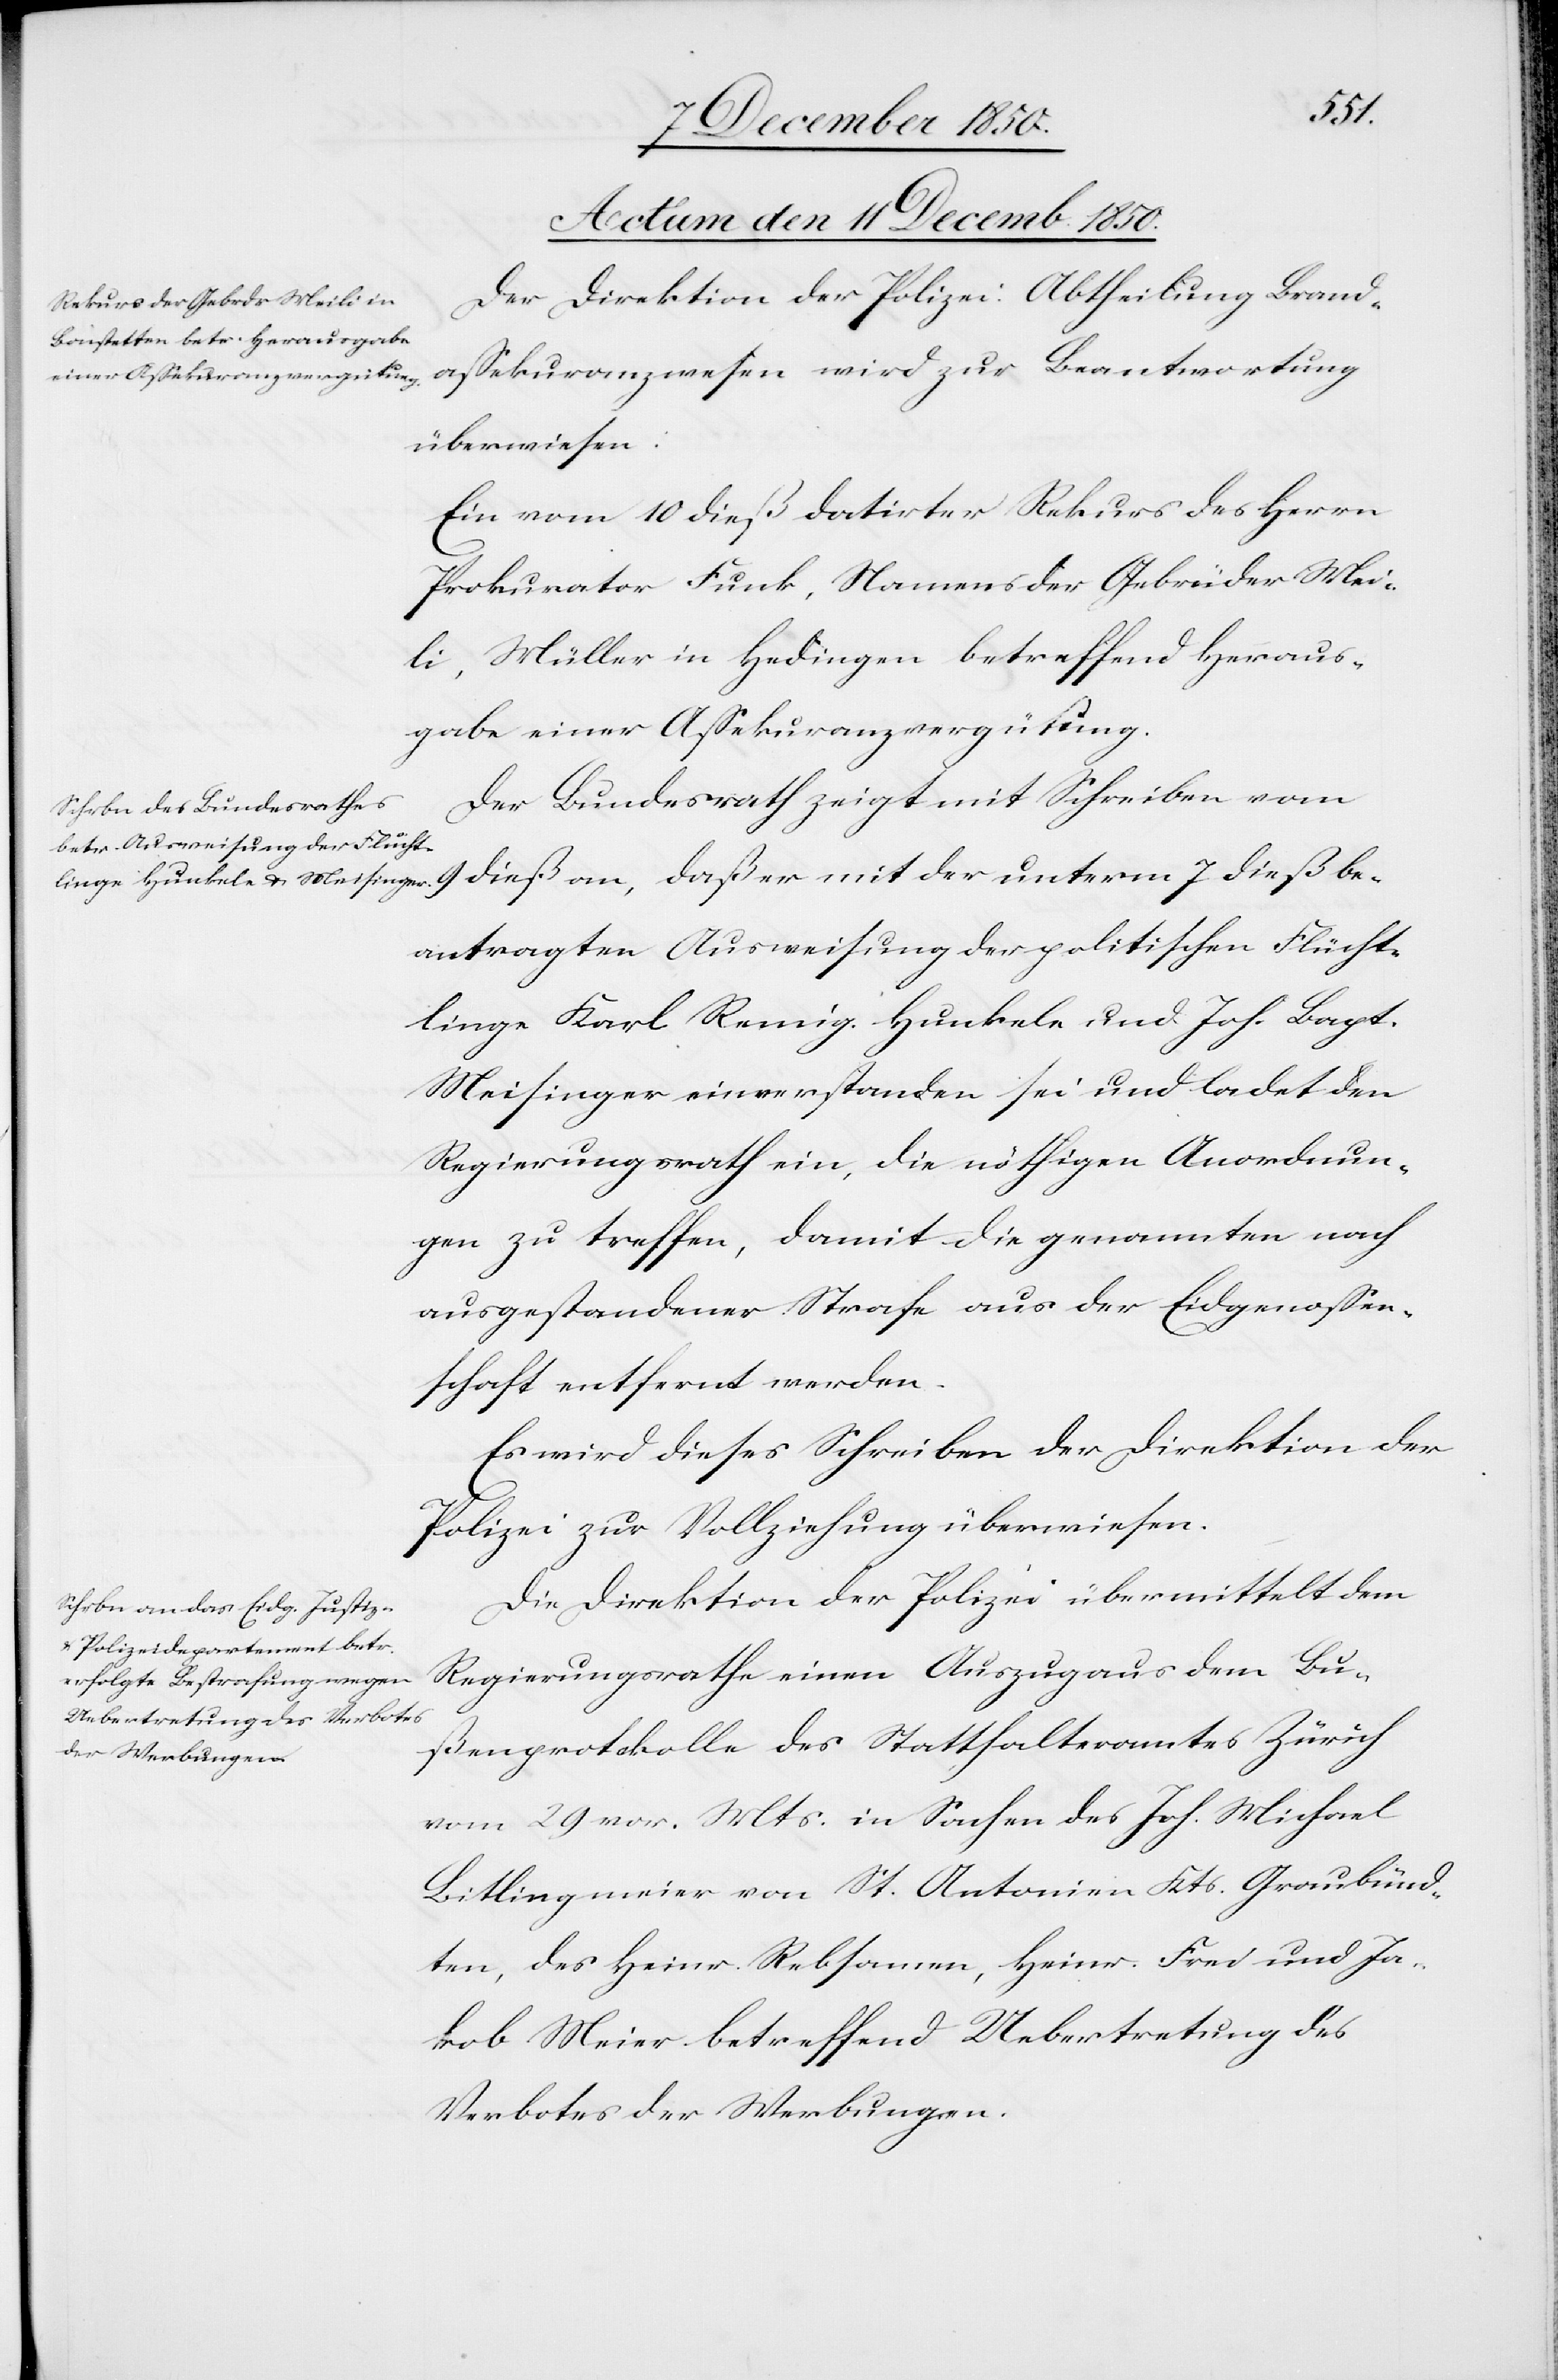
be¬
Actum den 11 Decemb. 1850.]
Der Direktion der Polizei: Abtheilung Brand¬
assekuranzwesen wird zur Beantwortung
überwiesen:
Ein vom 10 dieß datirter Rekurs des Herrn
Prokurator Funk, Namens der Gebrüder Mei¬
li, Müller in Hedingen [sic!] betreffend Heraus¬
gabe einer Assekuranzvergütung.
Der Bundesrath zeigt mit Schreiben vom
antragten Ausweisung der politischen Flücht¬
linge Karl Remig Hunkele und Joh. Bapt.
Meisinger einverstanden sei und ladet den
Regierungsrath ein, die nöthigen Anordnun¬
gen zu treffen, damit die genannten nach
ausgestandener Strafe aus der Eidgenossen¬
schaft entfernt werden.
Es wird dieses Schreiben der Direktion der
Polizei zur Vollziehung überwiesen.
Die Direktion der Polizei übermittelt dem
Regierungsrathe einen Auszug aus dem Bu¬
ßenprotokolle des Statthalteramtes Zürich
vom 29 vor. Mts. in Sachen des Joh. Michael
Bitlingmeier von St. Antonien Kts. Graubünd¬
ten, des Heinr. Rebsamen, Heinr. Frei und Ja¬
kob Meier betreffend Uebertretung des
Verbotes der Werbungen.